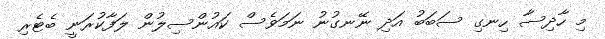
މި ހާދިސާ ހިނގި ސަބަބު އަދި ނޭނގުނު ނަމަވެސް ކައުންސިލުން ލަފާކުރަނީ ބެޓެރި